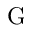
\mathrm { G }